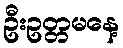
ဦးဥတ္တမနေ့